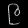
Digit: ၉